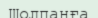
Шолпанға